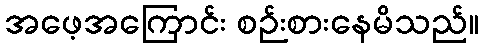
အဖေ့အကြောင်း စဉ်းစားနေမိသည်။